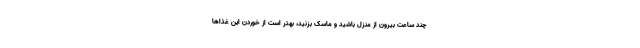
چند ساعت بیرون از منزل باشید و ماسک بزنید، بهتر است از خوردن این غذاها